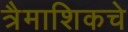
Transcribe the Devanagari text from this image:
त्रैमाशिकचे